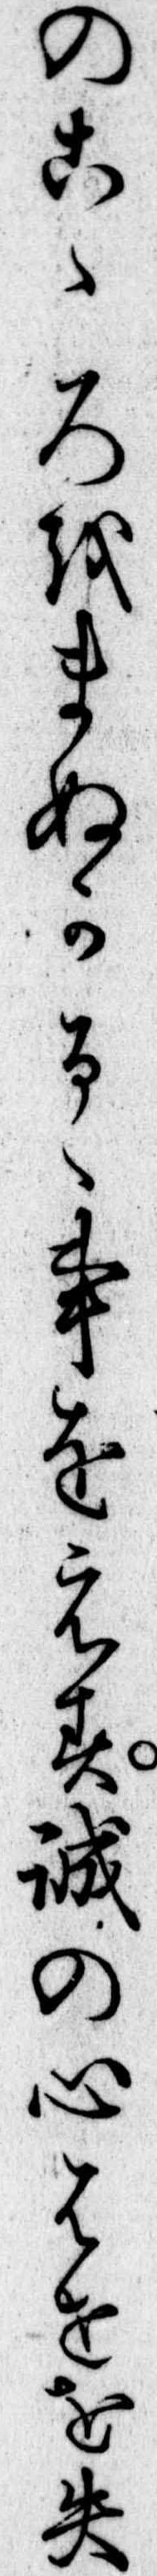
のこゝろをまぬかるゝ事をえす誠の心はせを失